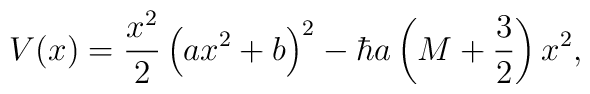
V(x)=\frac{x^2}2\left(ax^2+b\right)^2-  \hbar a\left(M+\frac{3}{2}\right) x^2,